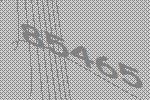
85465